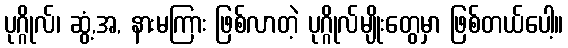
ပုဂ္ဂိုလ်၊ ဆွံ့,အ, နားမကြား ဖြစ်လာတဲ့ ပုဂ္ဂိုလ်မျိုးတွေမှာ ဖြစ်တယ်ပေါ့။